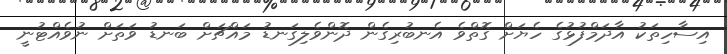
އިސާހިތަކު އާދަމްފުޅުގެ ހެޔަށް ގޮތްވެ އެނބުރިގެން ދޮންވެލިގަނޑު މައްޗަށް ބަނޑު ވަތަށް ނުވެއްޓުނީ